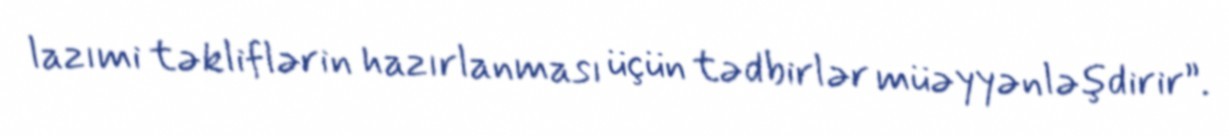
lazımi təkliflərin hazırlanması üçün tədbirlər müəyyənləşdirir”.